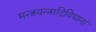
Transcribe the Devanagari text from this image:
मन्त्रयन्त्रादिविद्यानां